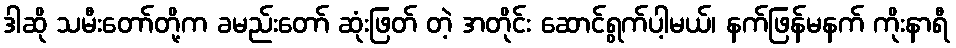
ဒါဆို သမီးတော်တို့က ခမည်းတော် ဆုံးဖြတ် တဲ့ အတိုင်း ဆောင်ရွက်ပါ့မယ်၊ နက်ဖြန်မနက် ကိုးနာရီ